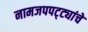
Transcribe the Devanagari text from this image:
नामजपपट्ट्यांचे